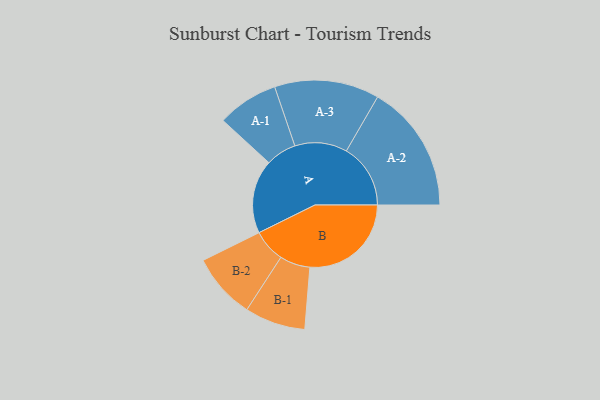
{"axis": {"x": "Segment", "y": "Value"}, "legend": ["", "A", "B"], "data": [{"x": "A", "y": 301, "type": ""}, {"x": "B", "y": 414, "type": ""}, {"x": "A-1", "y": 125, "type": "A"}, {"x": "A-2", "y": 262, "type": "A"}, {"x": "A-3", "y": 214, "type": "A"}, {"x": "B-1", "y": 124, "type": "B"}, {"x": "B-2", "y": 134, "type": "B"}]}